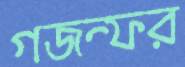
গজন্ফর